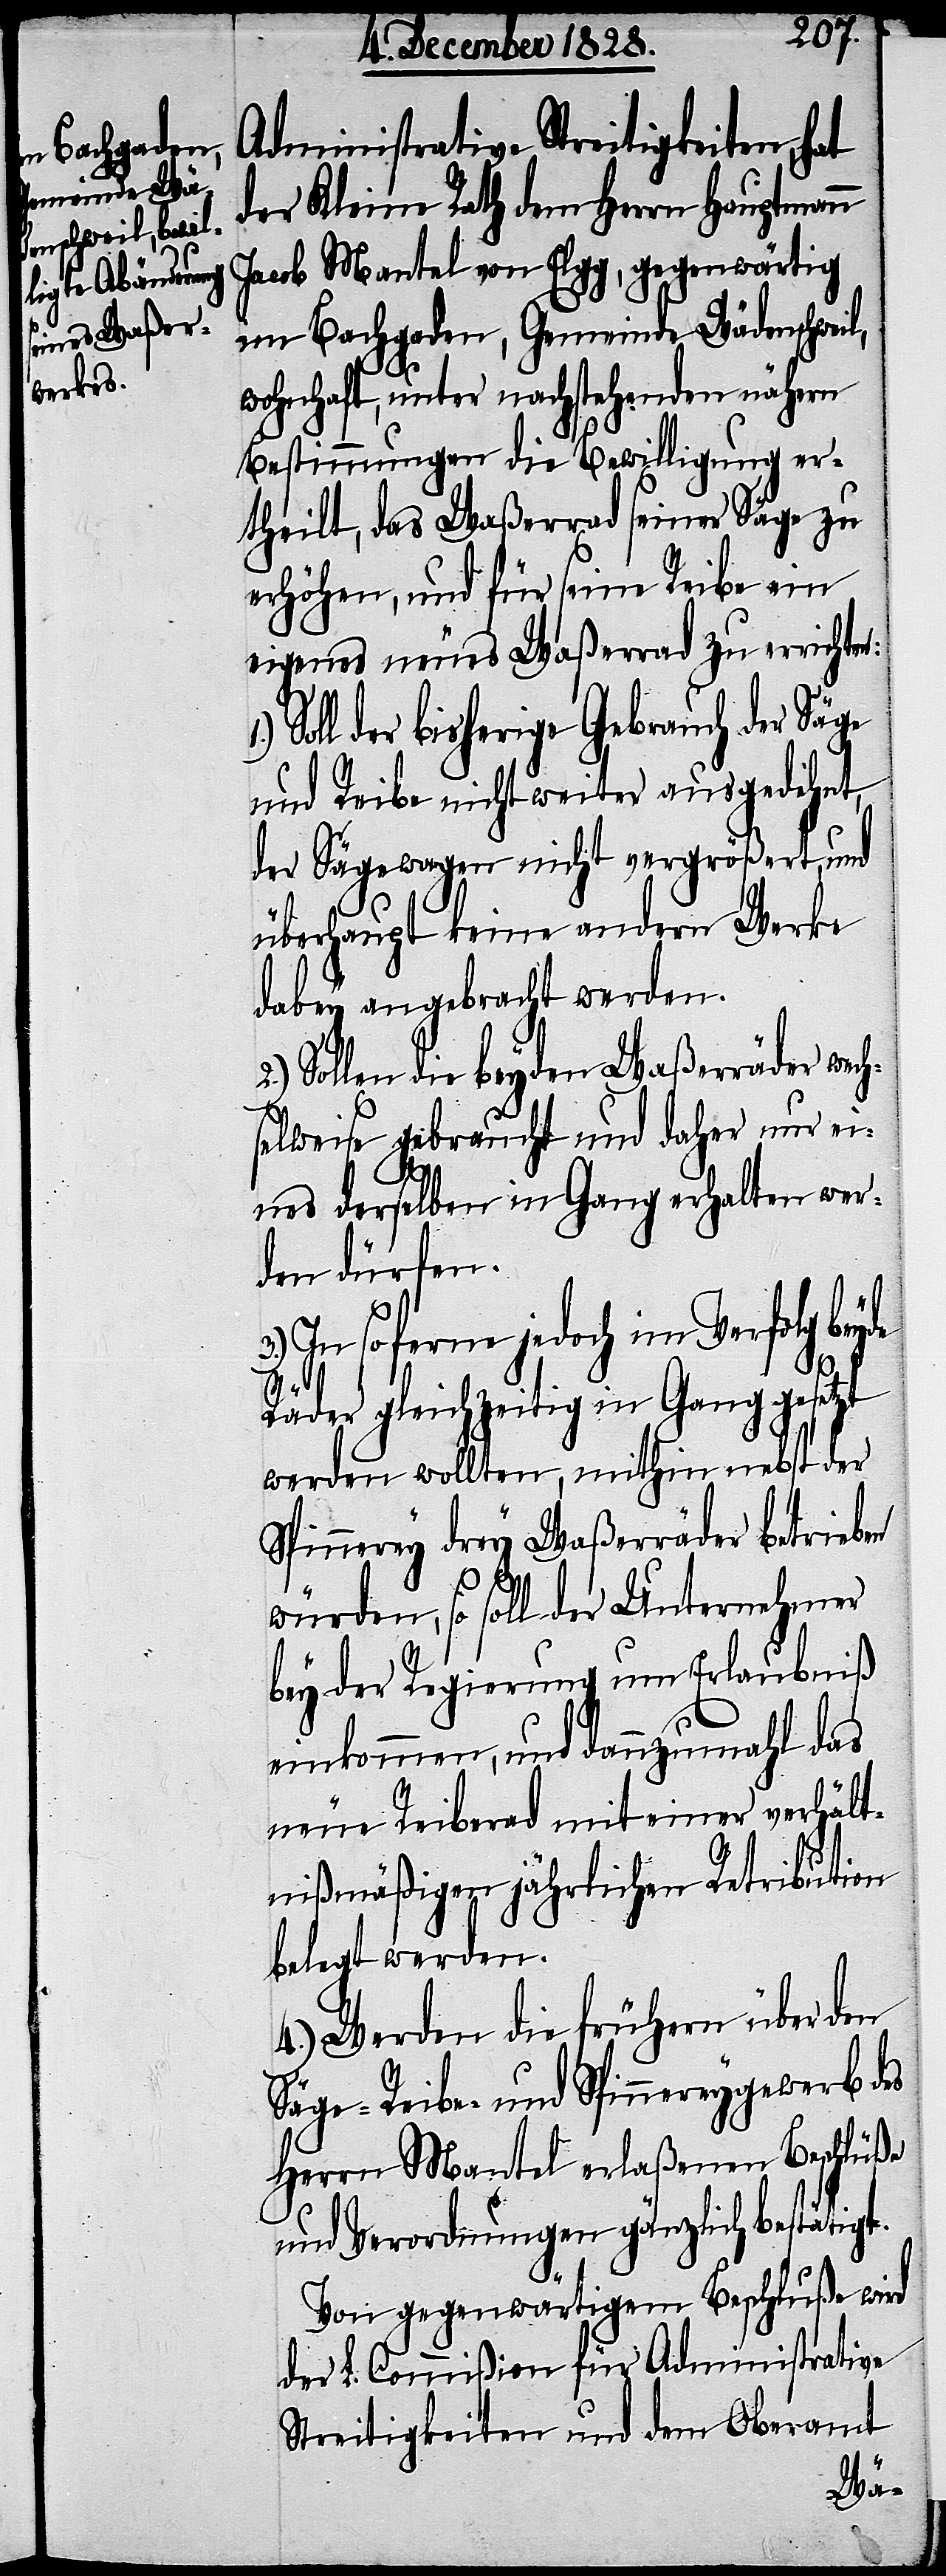
Administrative Streitigkeiten, hat
der Kleine Rath dem Herrn Hauptmann
Jacob Mantel von Elgg, gegenwärtig
im Bachgeden, Gemeinde Wädenschweil,
wohnhaft, unter nachstehenden nähern
Bestimmungen die Bewilligung er¬
theilt, das Waßerrad seiner Säge zu
erhöhen, und für seine Reibe ein
eigenes neues Waßerrad zu errichten:
Soll der bisherige Gebrauch der Säge
und Reibe nicht weiter ausgedehnt,
der Sägewagen nicht vergrößert, und
überhaupt keine andern Werke
dabey angebracht werden.
Sollen die beyden Waßerräder wech¬
selweise gebraucht und daher nur ei¬
3.)
nes derselben in Gang erhalten wer¬
den dürfen.
In so ferne jedoch im Verfolg beyde
Räder gleichzeitig in Gang gesetzt
werden wollten, mithin nebst der
Spinnerey drey Waßerräder betrieben
würden, so soll der Unternehmer
bey der Regierung um Erlaubniß
einkommen, und dannzumahl das
neue Reiberad mit einer verhält¬
nißmäßigen jährlichen Retribution
belegt werden.
4.) Werden die frühern über den
Säge- Reibe- und Spinnereygewerb des
Herrn Mantel erlaßenen Beschlüße
mit Verordnungen gänzlich bestätigt.
Von gegenwärtigem Beschluße wird
der L. Commißion für Administrative
Streitigkeiten und dem Oberamt